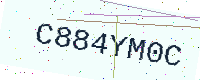
Text: C884YM0C